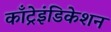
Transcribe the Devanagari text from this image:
काँट्रेइंडिकेशन